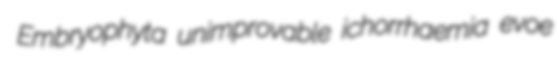
Embryophyta unimprovable ichorrhaemia evoe